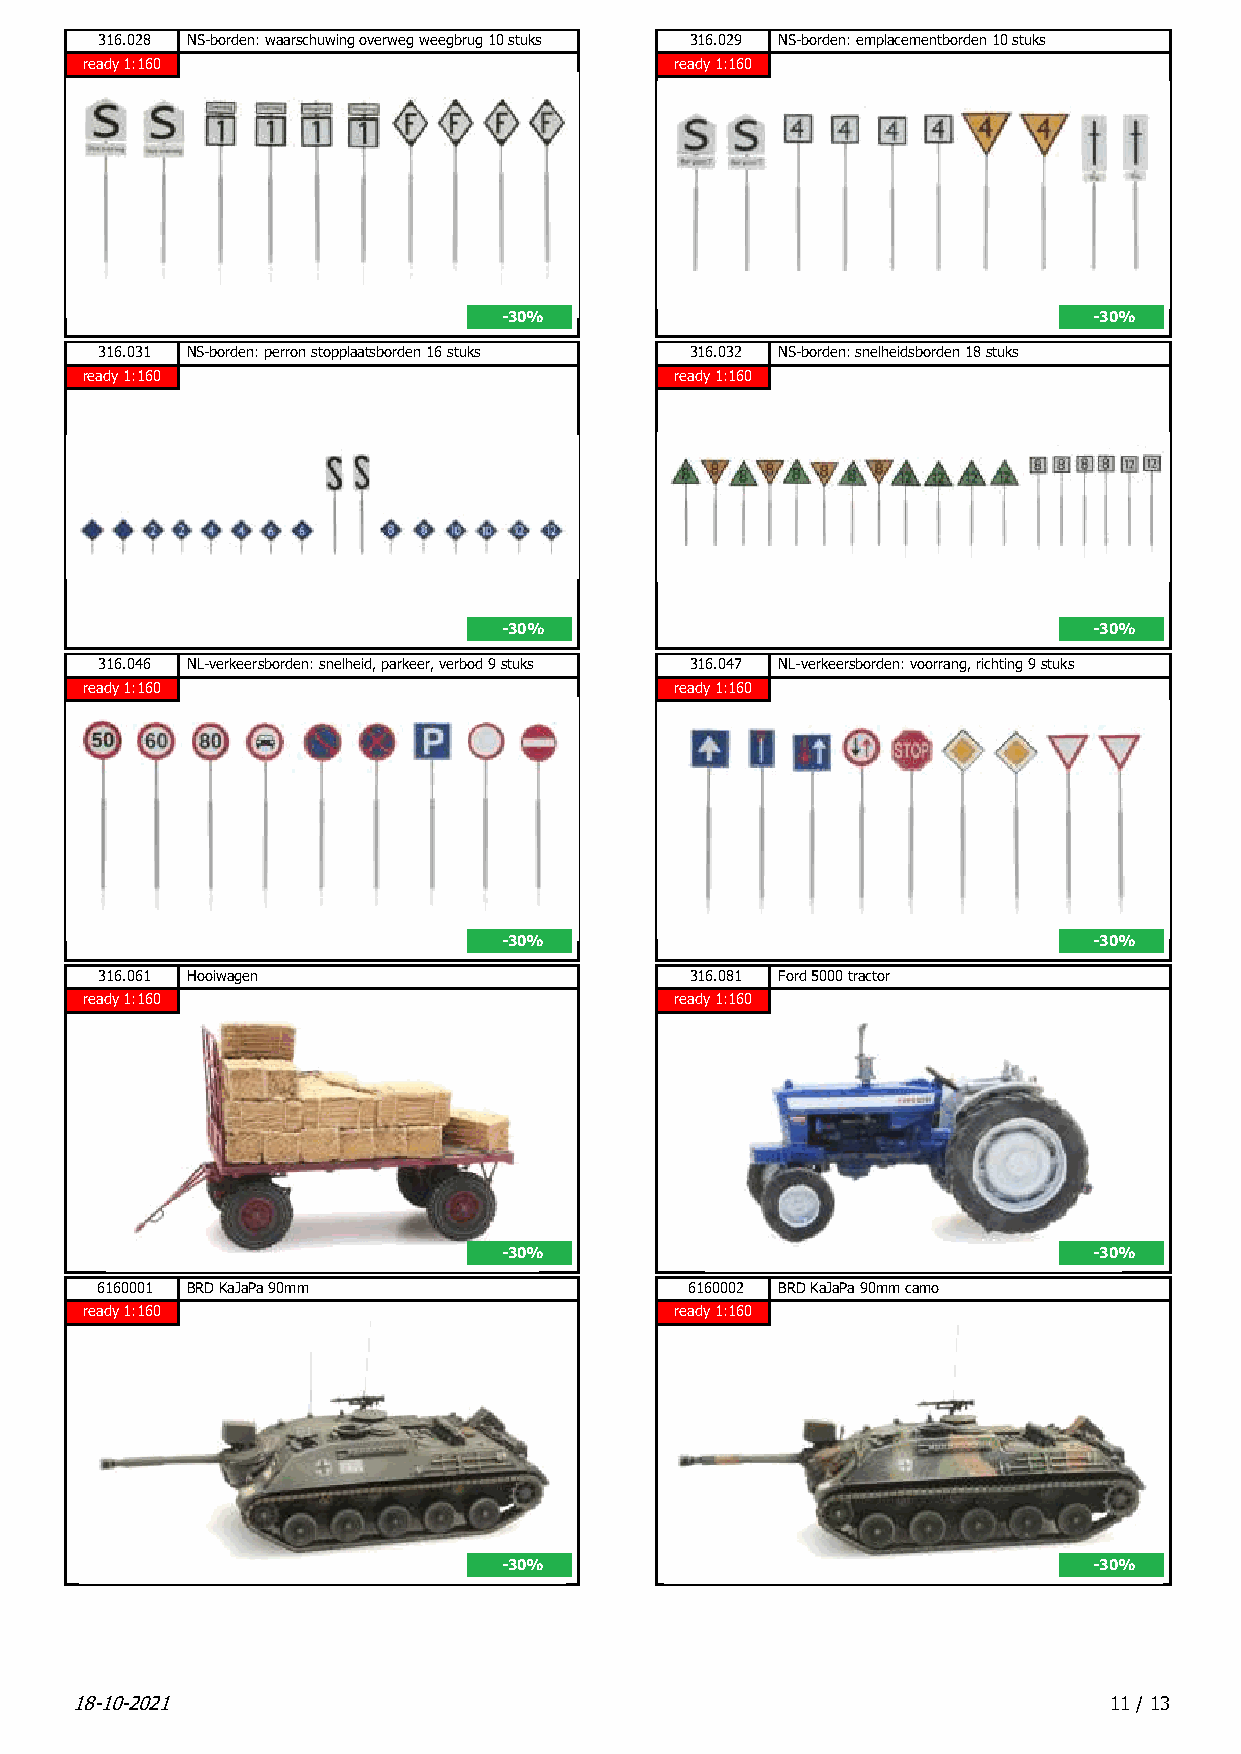
316.028 NS-borden: waarschuwing overweg weegbrug 10 stuks 316.029 NS-borden: emplacementborden 10 stuks
 ready 1:160                             ready 1:160
 -30%                                   -30%
 316.031 NS-borden: perron stopplaatsborden 16 stuks 316.032 NS-borden: snelheidsborden 18 stuks
 ready 1:160                             ready 1:160
 -30%                                   -30%
 316.046 NL-verkeersborden: snelheid, parkeer, verbod 9 stuks 316.047 NL-verkeersborden: voorrang, richting 9 stuks
 ready 1:160                             ready 1:160
 -30%                                   -30%
 316.061 Hooiwagen                      316.081 Ford 5000 tractor
 ready 1:160                             ready 1:160
 -30%                                   -30%
 6160001 BRD KaJaPa 90mm                 6160002 BRD KaJaPa 90mm camo
 ready 1:160                             ready 1:160
 -30%                                   -30%
 18-10-2021                                                          11 / 13